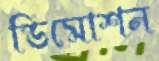
ডিমোশন